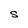
Character: S